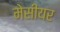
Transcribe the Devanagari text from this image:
मेसीयर